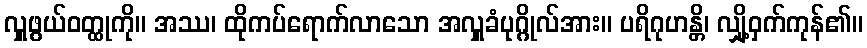
လှူဖွယ်ဝတ္ထုကို။ အဿ၊ ထိုကပ်ရောက်လာသော အလှူခံပုဂ္ဂိုလ်အား။ ပရိဂုဟန္တိ၊ လျှို့ဝှက်ကုန်၏။